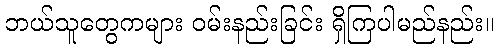
ဘယ်သူတွေကများ ဝမ်းနည်းခြင်း ရှိကြပါမည်နည်း။